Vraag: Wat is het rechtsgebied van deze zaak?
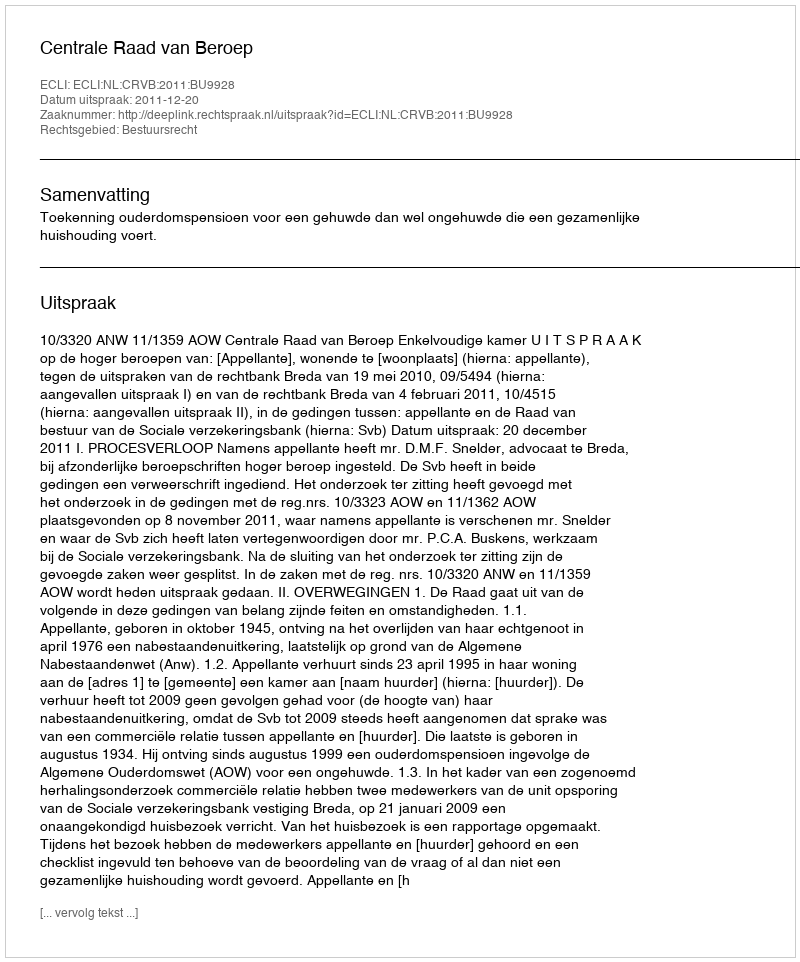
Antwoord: Bestuursrecht